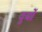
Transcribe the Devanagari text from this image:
दुर्यो